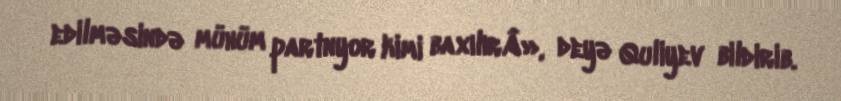
edilməsində mühüm partnyor kimi baxılırÂ», deyə Quliyev bildirib.